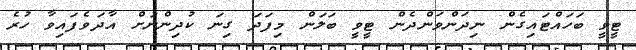
ޓީވީ ބަހައްޓައިގެން ނިދަންވަންދެން ޓީވީ ބަލަން މިފަދަ ގިނަ ކުދިންނަށް އާދަވެފައިވާ ހުރެ